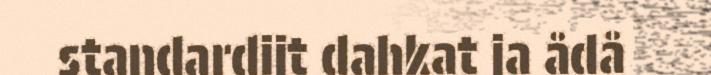
standardijt dahkat ja ådå